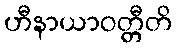
ဟီနာယာဝတ္တီတိ